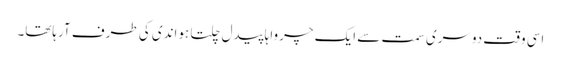
اسی وقت دوسری سمت سے ایک چرواہا پیدل چلتا ہواندی کی طرف آرہاتھا۔